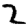
Digit: 2